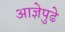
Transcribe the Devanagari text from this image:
आज्ञेपुढे